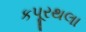
કપૂરથલા